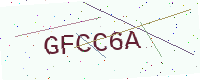
Text: GFCC6A